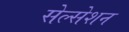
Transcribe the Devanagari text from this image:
सेल्सेशन